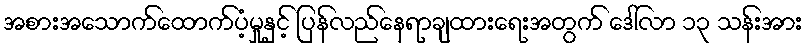
အစားအသောက်ထောက်ပံ့မှုနှင့် ပြန်လည်နေရာချထားရေးအတွက် ဒေါ်လာ ၁၃ သန်းအား